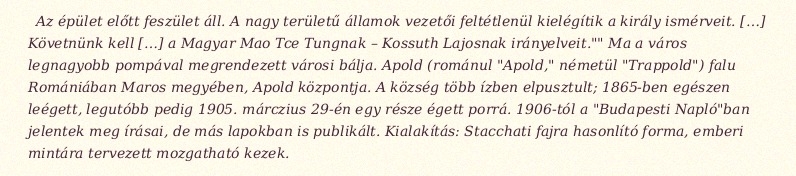
Az épület előtt feszület áll. A nagy területű államok vezetői feltétlenül kielégítik a király ismérveit. […] Követnünk kell […] a Magyar Mao Tce Tungnak – Kossuth Lajosnak irányelveit."" Ma a város legnagyobb pompával megrendezett városi bálja. Apold (románul "Apold," németül "Trappold") falu Romániában Maros megyében, Apold központja. A község több ízben elpusztult; 1865-ben egészen leégett, legutóbb pedig 1905. márczius 29-én egy része égett porrá. 1906-tól a "Budapesti Napló"ban jelentek meg írásai, de más lapokban is publikált. Kialakítás: Stacchati fajra hasonlító forma, emberi mintára tervezett mozgatható kezek.